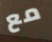
مع